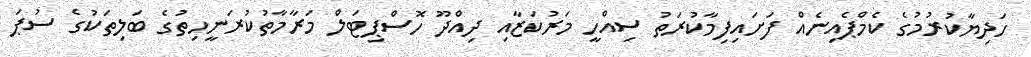
ހަދިޔާކުރުމުގެ ކެމްޕެއިނެއް ފަށައިފިމާކުރަތު ސިއްހީ މަރުކަޒާއި ދިއްދޫ ހޮސްޕިޓަލް މަރާމާތުކުރަނީހިތުގެ ބަލިތަކުގެ ސުޕަ